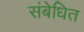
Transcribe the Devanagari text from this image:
संबेधित